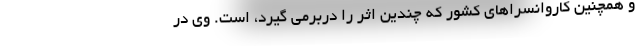
و همچنین کاروانسراهای کشور که چندین اثر را دربرمی گیرد، است. وی در